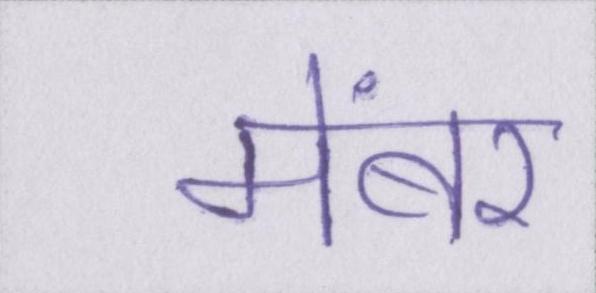
मेंबर